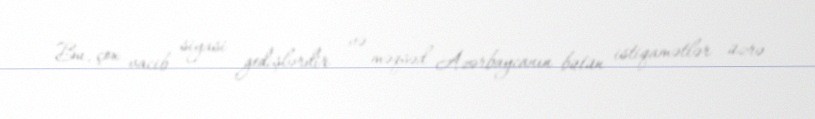
Bu, çox vacib siyasi gedişlərdir və məqsəd Azərbaycanın bütün istiqamətlər üzrə